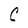
Character: C